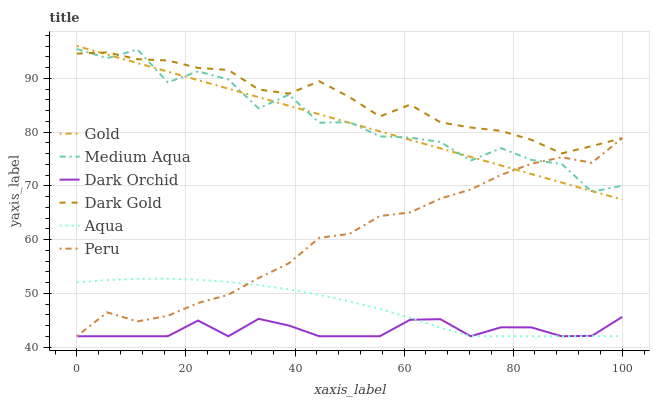
| xaxis_label | Gold | Medium Aqua | Dark Orchid | Dark Gold | Aqua | Peru |
 | --- | --- | --- | --- | --- | --- | --- |
 | 0 | 96 | 95.4 | 42 | 94.6 | 52 | 42 |
 | 5.56 | 94.4 | 93.7 | 42 | 94.8 | 52.5 | 46.4 |
 | 11.1 | 92.8 | 95.3 | 42 | 93.5 | 52.7 | 44.8 |
 | 16.7 | 91.2 | 89.2 | 42 | 93.3 | 52.7 | 45.8 |
 | 22.2 | 89.6 | 91.3 | 44.9 | 91.9 | 52.5 | 48.2 |
 | 27.8 | 88.1 | 89.8 | 42 | 91.5 | 52.1 | 49.7 |
 | 33.3 | 86.5 | 84.4 | 45.2 | 87.9 | 51.5 | 52.8 |
 | 38.9 | 84.9 | 86.9 | 44 | 87.1 | 50.7 | 55.6 |
 | 44.4 | 83.3 | 81.7 | 42 | 89.4 | 49.7 | 60.3 |
 | 50 | 81.7 | 81.8 | 42 | 86.5 | 48.5 | 61.1 |
 | 55.6 | 80.1 | 79.2 | 42 | 82.9 | 47.1 | 64.4 |
 | 61.1 | 78.5 | 79 | 45.1 | 85.1 | 45.4 | 65 |
 | 66.7 | 76.9 | 78.1 | 45.2 | 81.8 | 43.6 | 67.6 |
 | 72.2 | 75.4 | 74.7 | 42 | 80.8 | 42 | 69.3 |
 | 77.8 | 73.8 | 77 | 43.7 | 80.2 | 42 | 72 |
 | 83.3 | 72.2 | 74.8 | 43.6 | 78.6 | 42 | 74.1 |
 | 88.9 | 70.6 | 74.1 | 42 | 76 | 42 | 75.3 |
 | 94.4 | 69 | 68.9 | 42.1 | 77.4 | 42 | 74.3 |
 | 100 | 67.4 | 70 | 45.6 | 78.9 | 42 | 78.9 |